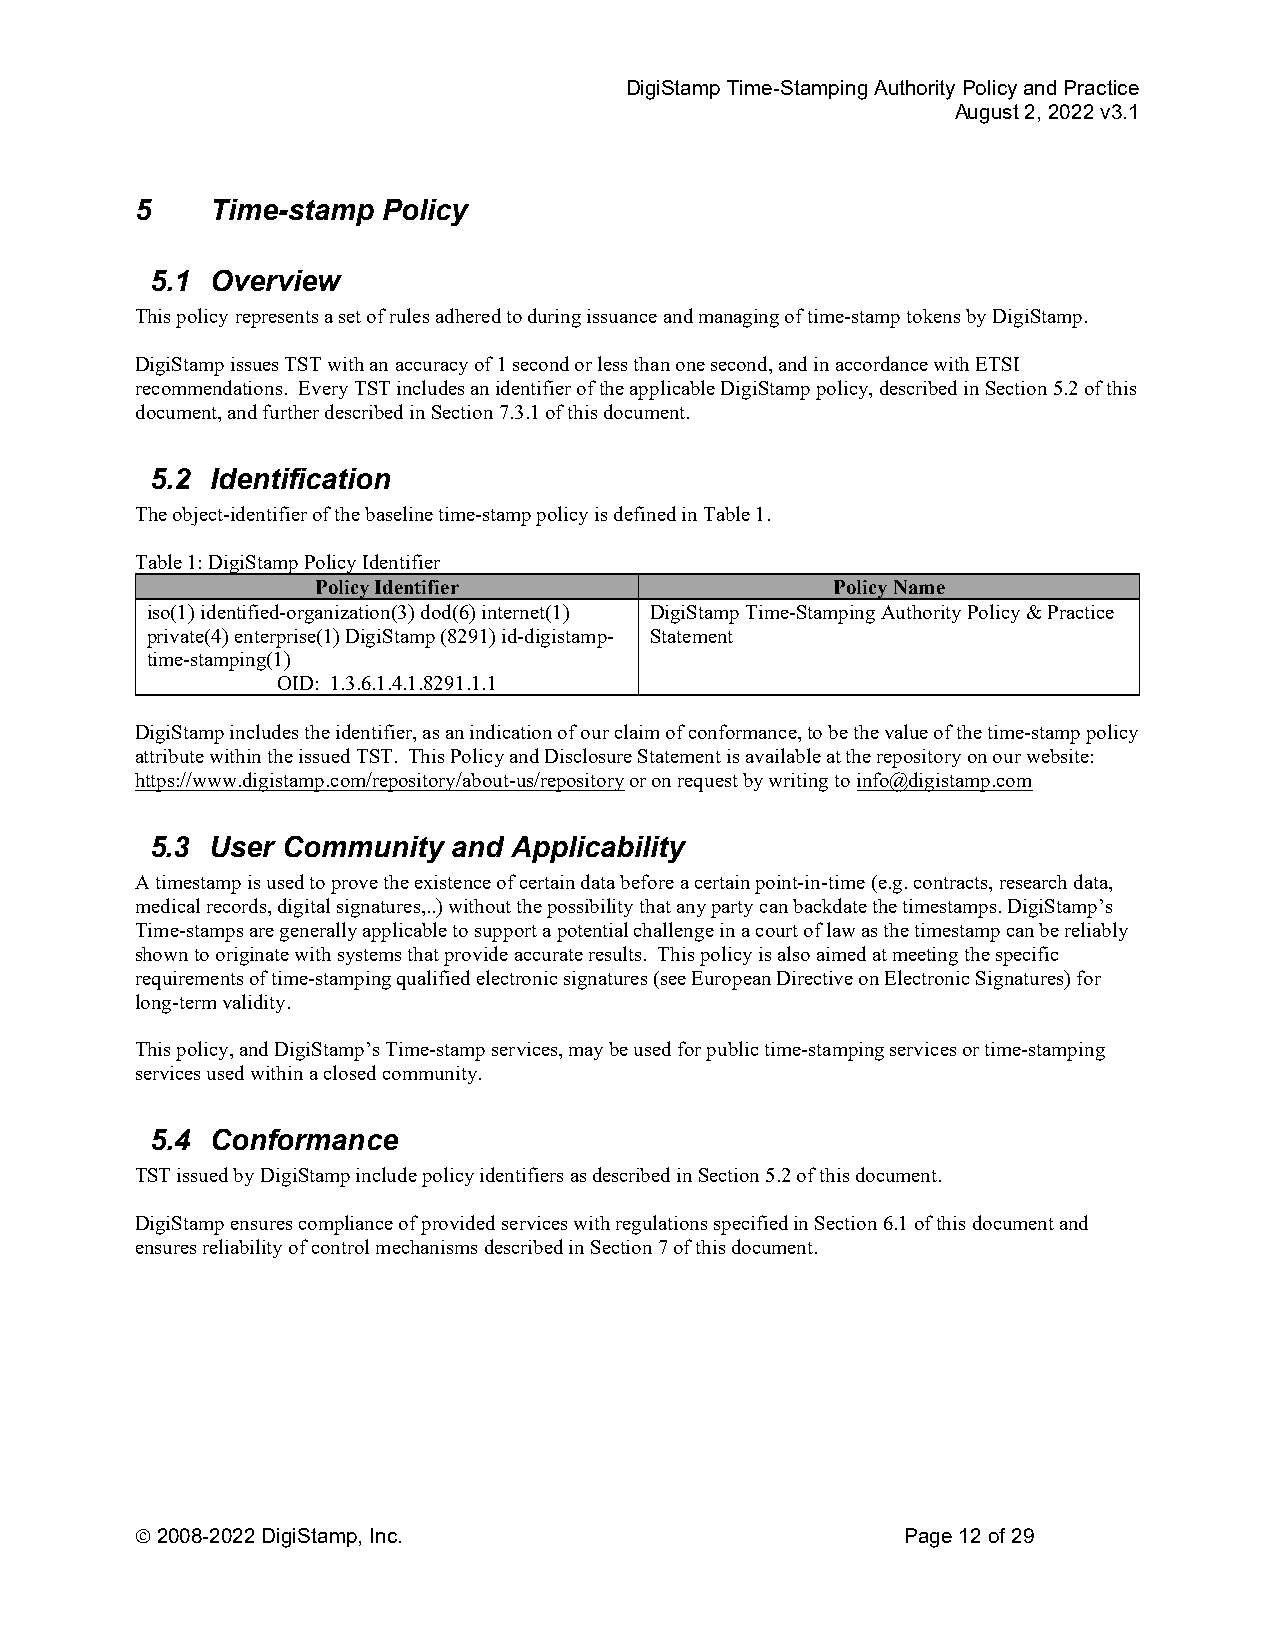
DigiStamp Time-Stamping Authority Policy and Practice
 August 2, 2022 v3.1
 5    Time-stamp Policy
 5.1 Overview
 This policy represents a set of rules adhered to during issuance and managing of time-stamp tokens by DigiStamp.
 DigiStamp issues TST with an accuracy of 1 second or less than one second, and in accordance with ETSI
 recommendations. Every TST includes an identifier of the applicable DigiStamp policy, described in Section 5.2 of this
 document, and further described in Section 7.3.1 of this document.
 5.2 Identification
 The object-identifier of the baseline time-stamp policy is defined in Table 1.
 Table 1: DigiStamp Policy Identifier
 Policy Identifier                 Policy Name
 iso(1) identified-organization(3) dod(6) internet(1) DigiStamp Time-Stamping Authority Policy & Practice
 private(4) enterprise(1) DigiStamp (8291) id-digistamp- Statement
 time-stamping(1)
 OID: 1.3.6.1.4.1.8291.1.1
 DigiStamp includes the identifier, as an indication of our claim of conformance, to be the value of the time-stamp policy
 attribute within the issued TST. This Policy and Disclosure Statement is available at the repository on our website:
 https://www.digistamp.com/repository/about-us/repository or on request by writing to info@digistamp.com
 5.3 User Community  and Applicability
 A timestamp is used to prove the existence of certain data before a certain point-in-time (e.g. contracts, research data,
 medical records, digital signatures,..) without the possibility that any party can backdate the timestamps. DigiStamp’s
 Time-stamps are generally applicable to support a potential challenge in a court of law as the timestamp can be reliably
 shown to originate with systems that provide accurate results. This policy is also aimed at meeting the specific
 requirements of time-stamping qualified electronic signatures (see European Directive on Electronic Signatures) for
 long-term validity.
 This policy, and DigiStamp’s Time-stamp services, may be used for public time-stamping services or time-stamping
 services used within a closed community.
 5.4 Conformance
 TST issued by DigiStamp include policy identifiers as described in Section 5.2 of this document.
 DigiStamp ensures compliance of provided services with regulations specified in Section 6.1 of this document and
 ensures reliability of control mechanisms described in Section 7 of this document.
  2008-2022 DigiStamp, Inc.                        Page 12 of 29